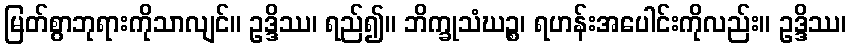
မြတ်စွာဘုရားကိုသာလျင်။ ဥဒ္ဒိဿ၊ ရည်၍။ ဘိက္ခုသံဃဉ္စ၊ ရဟန်းအပေါင်းကိုလည်း။ ဥဒ္ဒိဿ၊